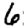
Digit: 6